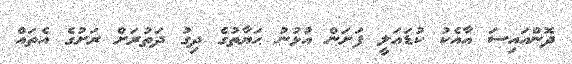
ދޮންއައިސަ އާއެކު ކުޑައަލީ ފަށަން އުޅުނު ޙަޔާތުގެ ދިގު ދަތުރަށް ރަށުގެ އެތައް